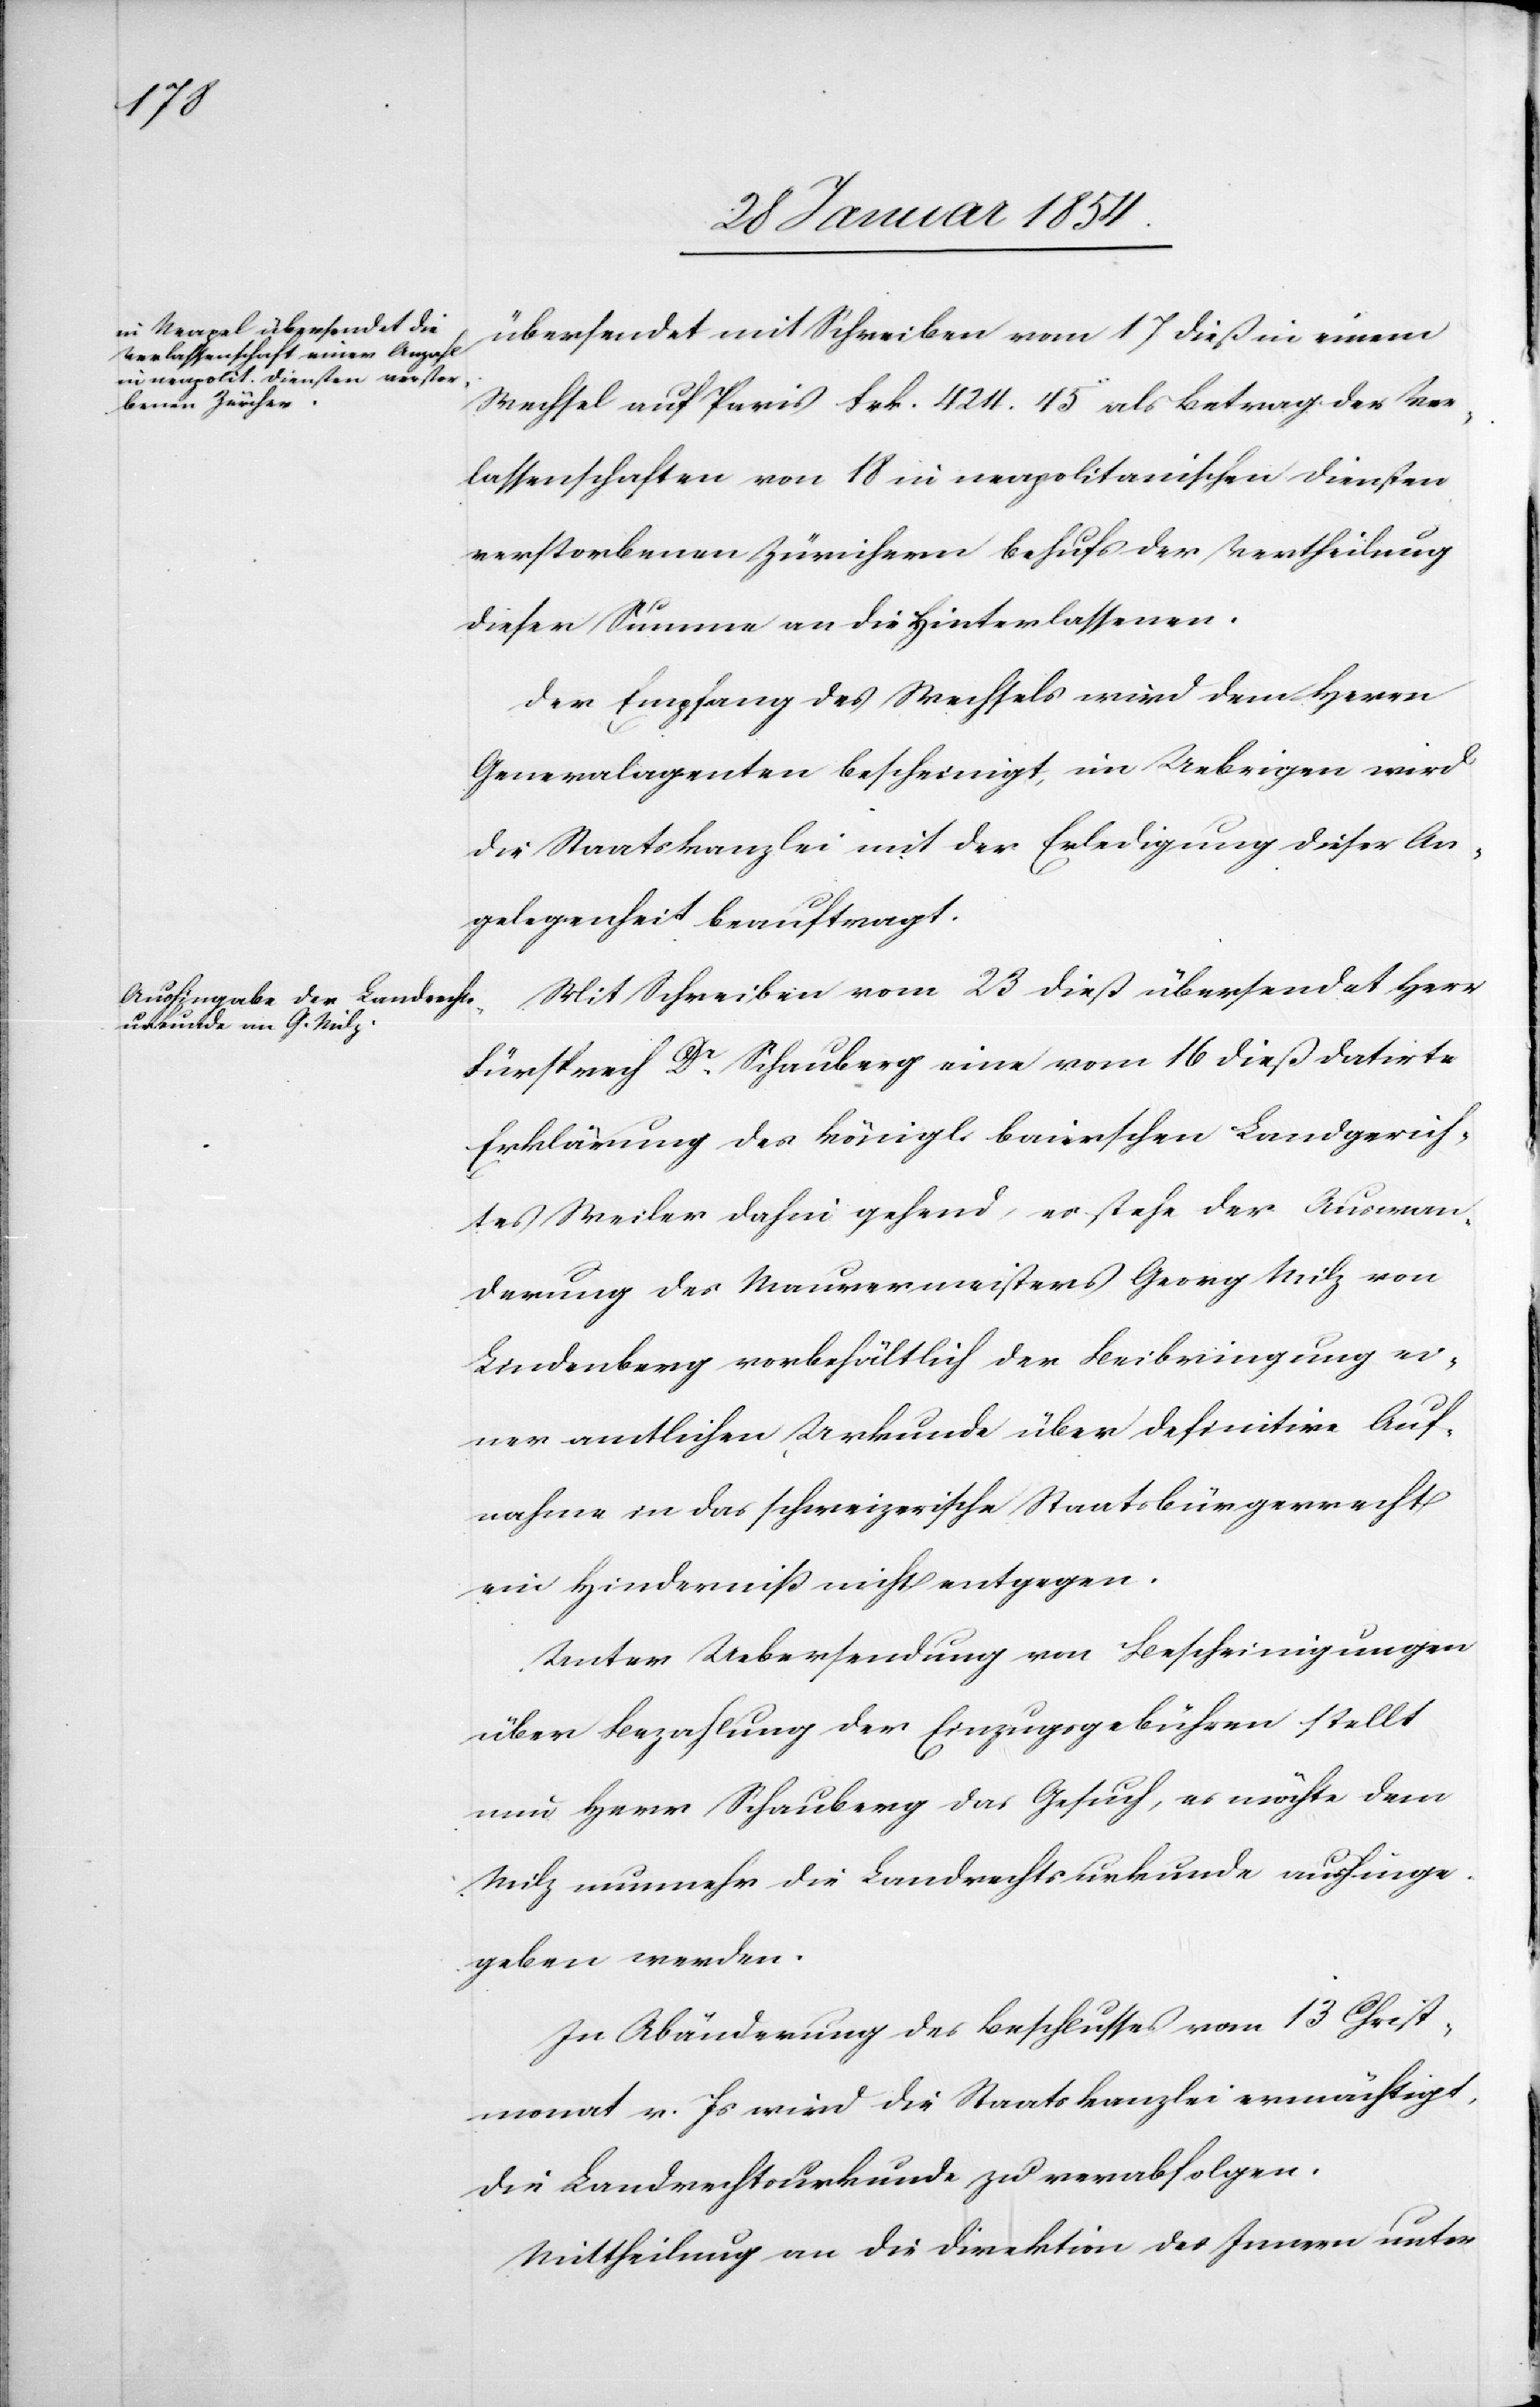
übersendet mit Schreiben vom 17 dieß in einem
Wechsel auf Paris Frk. 424.45 als Betrag der Ver¬
lassenschaften von 18 in neapolitanischen diensten
verstorbenen Zürichern behufs der Vertheilung
dieser summen an die Hinterlassenen.
Der Empfang des Wechsels wird dem Herrn
Generalagenten bescheinigt, im Uebrigen wird
die Staatskanzlei mit der Erledigung dieser An¬
gelegenheit beauftragt.
Mit Schreiben vom 23 dieß übersendet Herr
Fürsprech Dr Schauberg eine vom 16 dieß datirte
Erklärung des königl. baierschen Landgerich¬
tes Weiler dahin gehend, es stehe der Auswan¬
derung des Maurermeisters Georg Milz von
Lindenberg vorbehältlich der Beibringung ei¬
ner amtlichen Urkunde über definitive Auf¬
nahme in das schweizerische Staatsbürgerrecht
ein Hinderniß nicht entgegen.
Unter Uebersendung von Bescheinigungen
über Bezahlung der Einzugsgebühren stellt
nun Herr Schauberg das Gesuch, es möchte dem
Milz nunmehr die Landrechtsurkunde aushinge¬
geben werden.
In Abänderung des Beschlusses vom 13 Christ¬
monat v. Js wird die Staatskanzlei ermächtigt,
die Landrechtsurkunde zu verabfolgen.
Mittheilung an die Direktion des Innern unter